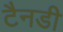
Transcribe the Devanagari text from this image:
टैनडी